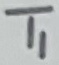
Text: T1